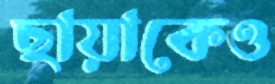
ছায়াকেও